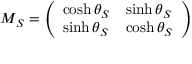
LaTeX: M _ { S } = \left( \begin{array} { l l } { { \cosh \theta _ { S } } } & { { \sinh \theta _ { S } } } \\ { { \sinh \theta _ { S } } } & { { \cosh \theta _ { S } } } \end{array} \right)